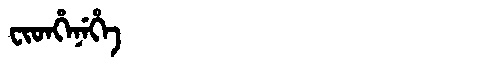
Manchu: ᠸᡳᡨᡥᡝᠨᡝᡥᡝ
Romanization: FITHENEHE